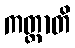
ကတ္တာတိ